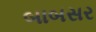
બાબસર